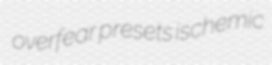
overfear presets ischemic